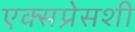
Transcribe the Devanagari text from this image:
एक्सप्रेसशी